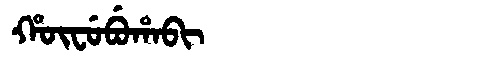
Manchu: ᡥᡡᠸᡠᠪᡠᡥᠠᠪᡳ
Romanization: HŪFUBUHABI